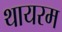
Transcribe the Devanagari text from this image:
थायरम